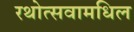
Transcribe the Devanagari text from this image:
रथोत्सवामधिल